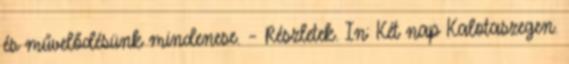
és művelődésünk mindenese. – Részletek. In: Két nap Kalotaszegen.